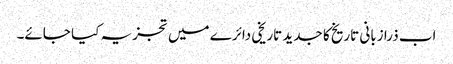
اب ذرا زبانی تاریخ کا جدید تاریخی دائرے میں تجزیہ کیا جائے۔